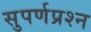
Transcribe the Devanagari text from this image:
सुपर्णप्रश्न